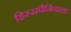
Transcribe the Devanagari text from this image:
हिस्सपैनियाला